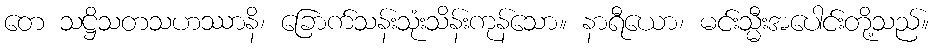
တေ သဋ္ဌိသတသဟဿာနိ၊ ခြောက်သန်းသုံးသိန်းကုန်သော။ နာရီယော၊ မင်းသ္မီးအပေါင်းတို့သည်။